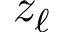
z _ { \ell }